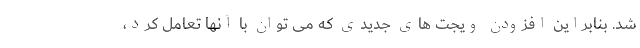
شد. بنابراین افزودن ویجت های جدیدی که می توان با آنها تعامل کرد،